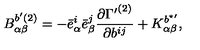
{ B } _ { \alpha \beta } ^ { b ^ { \prime } ( 2 ) } = - { \bar { e } } _ { \alpha } ^ { i } { \bar { e } } _ { \beta } ^ { j } \frac { \partial { \Gamma ^ { \prime } } ^ { ( 2 ) } } { \partial b ^ { i j } } + { K } _ { \alpha \beta } ^ { b ^ { \star \prime } } ,